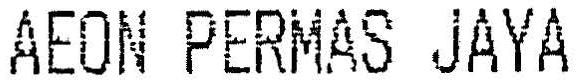
AEON PERMAS JAYA